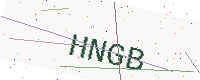
Text: HNGB